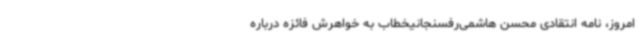
امروز،‌ نامه انتقادی محسن هاشمی‌رفسنجانیخطاب به خواهرش فائزه درباره